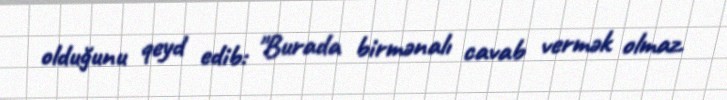
olduğunu qeyd edib: "Burada birmənalı cavab vermək olmaz.